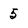
Character: 5